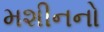
મશીનનો